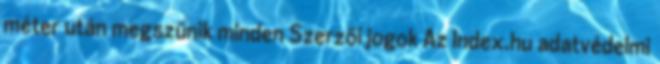
méter után megszűnik minden Szerzői jogok Az Index.hu adatvédelmi